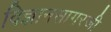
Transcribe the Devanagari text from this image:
विज्ञानसागरजी